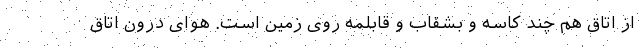
از اتاق هم چند کاسه و بشقاب و قابلمه روی زمین است. هوای درون اتاق